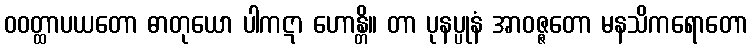
ဝဝတ္ထာပယတော ဓာတုယော ပါကဋာ ဟောန္တိ။ တာ ပုနပ္ပုနံ အာဝဇ္ဇတော မနသိကရောတော